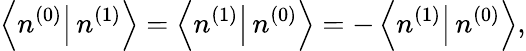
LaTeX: \left\langle n^{(0)}\right|\left.n^{(1)}\right\rangle=\left\langle n^{(1)}\right|\left.n^{(0)}\right\rangle=-\left\langle n^{(1)}\right|\left.n^{(0)}\right\rangle,